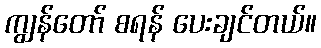
ကျွန်တော် စရန် ပေးချင်တယ်။